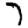
Digit: 7